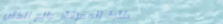
مكتبة المعرفة: عالم الكتب